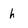
Character: h